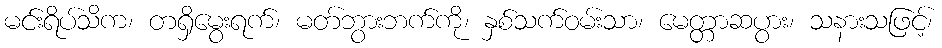
မင်းရိပ်သိက၊ တရှိမွေးရက်၊ မတ်ဘွားဘက်ကို၊ နှစ်သက်ဝမ်းသာ၊ မေတ္တာဆပွား၊ သနားသဖြင့်၊